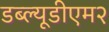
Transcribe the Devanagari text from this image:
डब्ल्यूडीएम२